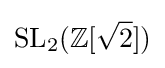
\mathrm {SL} _{2}(\mathbb {Z} [{\sqrt {2}}])